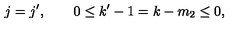
j = j ^ { \prime } , \qquad 0 \leq k ^ { \prime } - 1 = k - m _ { 2 } \leq 0 ,